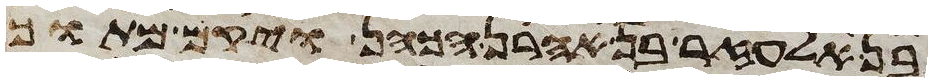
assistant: אלעזר בן אהרן הכהן ויקם מתוך